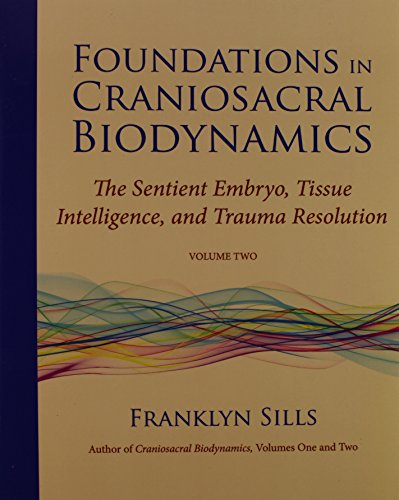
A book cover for Foundations in Craniosacral Biodynamics, Volume Two: The Sentient Embryo, Tissue Intelligence, and Trauma Resolution; Franklyn Sills; Health, Fitness & Dieting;